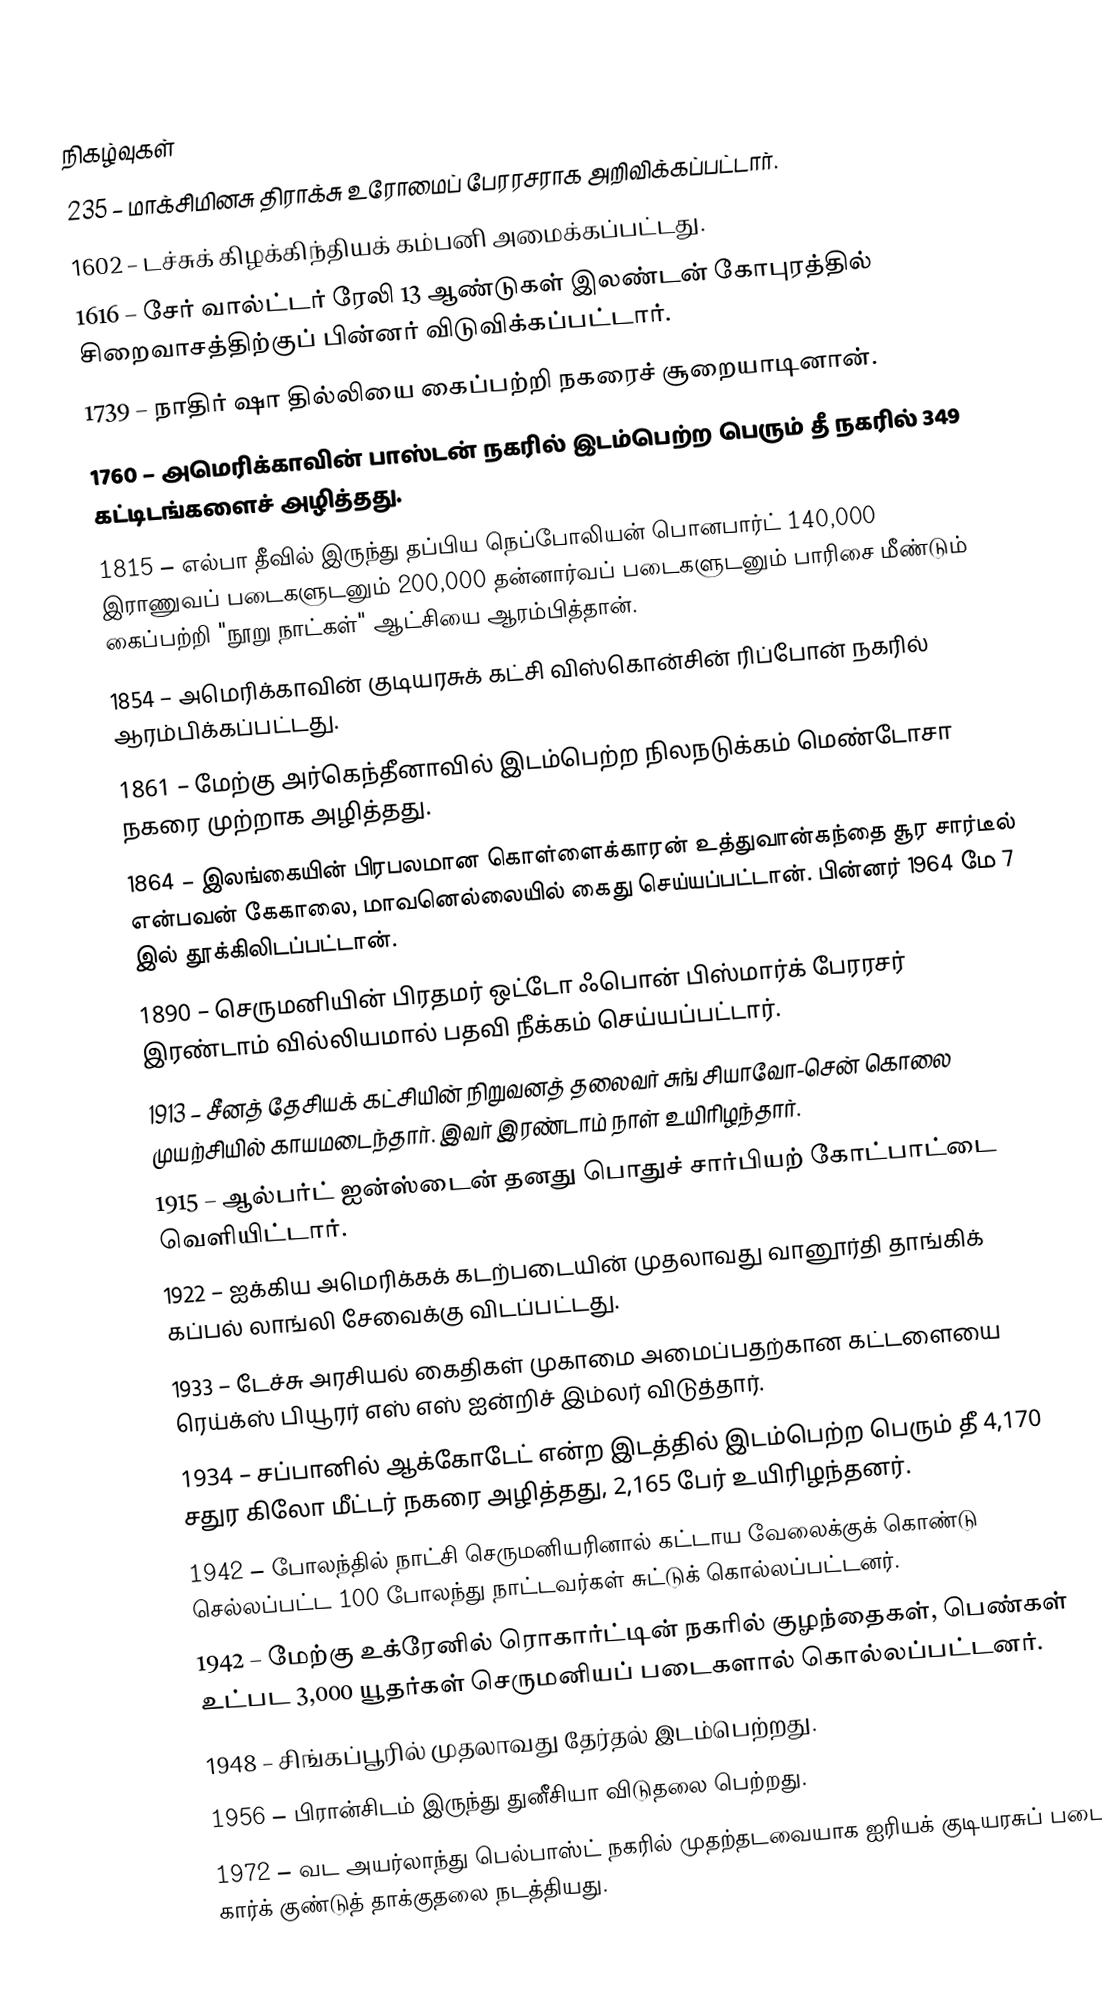

நிகழ்வுகள்
235 – மாக்சிமினசு திராக்சு உரோமைப் பேரரசராக அறிவிக்கப்பட்டார்.
1602 – டச்சுக் கிழக்கிந்தியக் கம்பனி அமைக்கப்பட்டது.
1616 – சேர் வால்ட்டர் ரேலி 13 ஆண்டுகள் இலண்டன் கோபுரத்தில் சிறைவாசத்திற்குப் பின்னர் விடுவிக்கப்பட்டார்.
1739 – நாதிர் ஷா தில்லியை கைப்பற்றி நகரைச் சூறையாடினான்.
1760 – அமெரிக்காவின் பாஸ்டன் நகரில் இடம்பெற்ற பெரும் தீ நகரில் 349 கட்டிடங்களைச் அழித்தது.
1815 – எல்பா தீவில் இருந்து தப்பிய நெப்போலியன் பொனபார்ட் 140,000 இராணுவப் படைகளுடனும் 200,000 தன்னார்வப் படைகளுடனும் பாரிசை மீண்டும் கைப்பற்றி "நூறு நாட்கள்" ஆட்சியை ஆரம்பித்தான்.
1854 – அமெரிக்காவின் குடியரசுக் கட்சி விஸ்கொன்சின் ரிப்போன் நகரில் ஆரம்பிக்கப்பட்டது.
1861 – மேற்கு அர்கெந்தீனாவில் இடம்பெற்ற நிலநடுக்கம் மெண்டோசா நகரை முற்றாக அழித்தது.
1864 – இலங்கையின் பிரபலமான கொள்ளைக்காரன் உத்துவான்கந்தை சூர சார்டீல் என்பவன் கேகாலை, மாவனெல்லையில் கைது செய்யப்பட்டான். பின்னர் 1964 மே 7 இல் தூக்கிலிடப்பட்டான்.
1890 – செருமனியின் பிரதமர் ஒட்டோ ஃபொன் பிஸ்மார்க் பேரரசர் இரண்டாம் வில்லியமால் பதவி நீக்கம் செய்யப்பட்டார்.
1913 – சீனத் தேசியக் கட்சியின் நிறுவனத் தலைவர் சுங் சியாவோ-சென் கொலை முயற்சியில் காயமடைந்தார். இவர் இரண்டாம் நாள் உயிரிழந்தார்.
1915 – ஆல்பர்ட் ஐன்ஸ்டைன் தனது பொதுச் சார்பியற் கோட்பாட்டை வெளியிட்டார்.
1922 – ஐக்கிய அமெரிக்கக் கடற்படையின் முதலாவது வானூர்தி தாங்கிக் கப்பல் லாங்லி சேவைக்கு விடப்பட்டது.
1933 – டேச்சு அரசியல் கைதிகள் முகாமை அமைப்பதற்கான கட்டளையை ரெய்க்ஸ் பியூரர் எஸ் எஸ் ஐன்றிச் இம்லர் விடுத்தார்.
1934 – சப்பானில் ஆக்கோடேட் என்ற இடத்தில் இடம்பெற்ற பெரும் தீ 4,170 சதுர கிலோ மீட்டர் நகரை அழித்தது, 2,165 பேர் உயிரிழந்தனர்.
1942 – போலந்தில் நாட்சி செருமனியரினால் கட்டாய வேலைக்குக் கொண்டு செல்லப்பட்ட 100 போலந்து நாட்டவர்கள் சுட்டுக் கொல்லப்பட்டனர்.
1942 – மேற்கு உக்ரேனில் ரொகார்ட்டின் நகரில் குழந்தைகள், பெண்கள் உட்பட 3,000 யூதர்கள் செருமனியப் படைகளால் கொல்லப்பட்டனர்.
1948 – சிங்கப்பூரில் முதலாவது தேர்தல் இடம்பெற்றது.
1956 – பிரான்சிடம் இருந்து துனீசியா விடுதலை பெற்றது.
1972 – வட அயர்லாந்து பெல்பாஸ்ட் நகரில் முதற்தடவையாக ஐரியக் குடியரசுப் படை கார்க் குண்டுத் தாக்குதலை நடத்தியது.